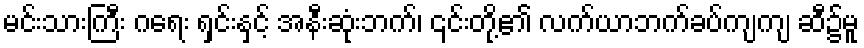
မင်းသားကြီး ဂရေး ရှင်းနှင့် အနီးဆုံးဘက်၊ ၎င်းတို့၏ လက်ယာဘက်ခပ်ကျကျ ဆီ၌မူ